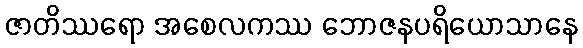
ဇာတိဿရော အစေလကဿ ဘောဇနပရိယောသာနေ